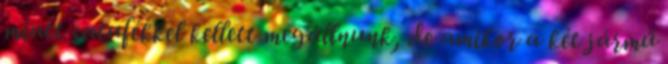
miatt satufékkel kellett megállnunk, de amikor a két jármű